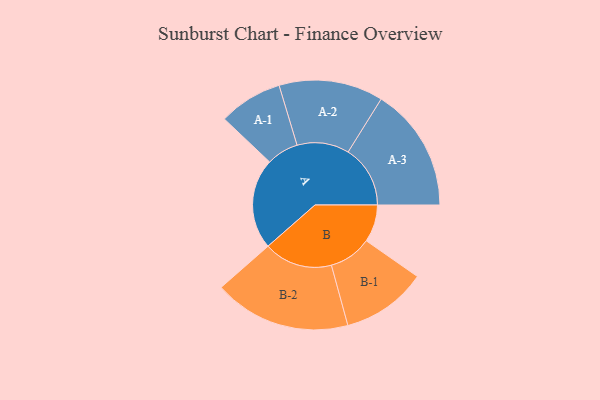
{"axis": {"x": "Segment", "y": "Value"}, "legend": ["", "A", "B"], "data": [{"x": "A", "y": 381, "type": ""}, {"x": "B", "y": 157, "type": ""}, {"x": "A-1", "y": 134, "type": "A"}, {"x": "A-2", "y": 219, "type": "A"}, {"x": "A-3", "y": 261, "type": "A"}, {"x": "B-1", "y": 179, "type": "B"}, {"x": "B-2", "y": 288, "type": "B"}]}